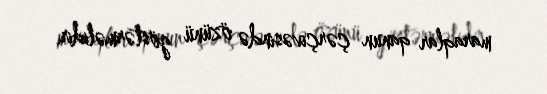
maraqlar qanun çərçivəsində özünü göstərməlidir.